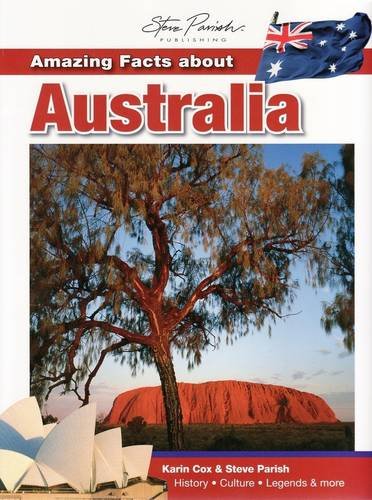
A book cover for Amazing Facts About Australia; Karin Cox; Children's Books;